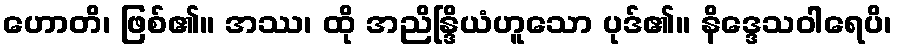
ဟောတိ၊ ဖြစ်၏။ အဿ၊ ထို အညိန္ဒြိယံဟူသော ပုဒ်၏။ နိဒ္ဒေသဝါရေပိ၊